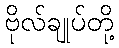
ဗိုလ်ချုပ်တို့